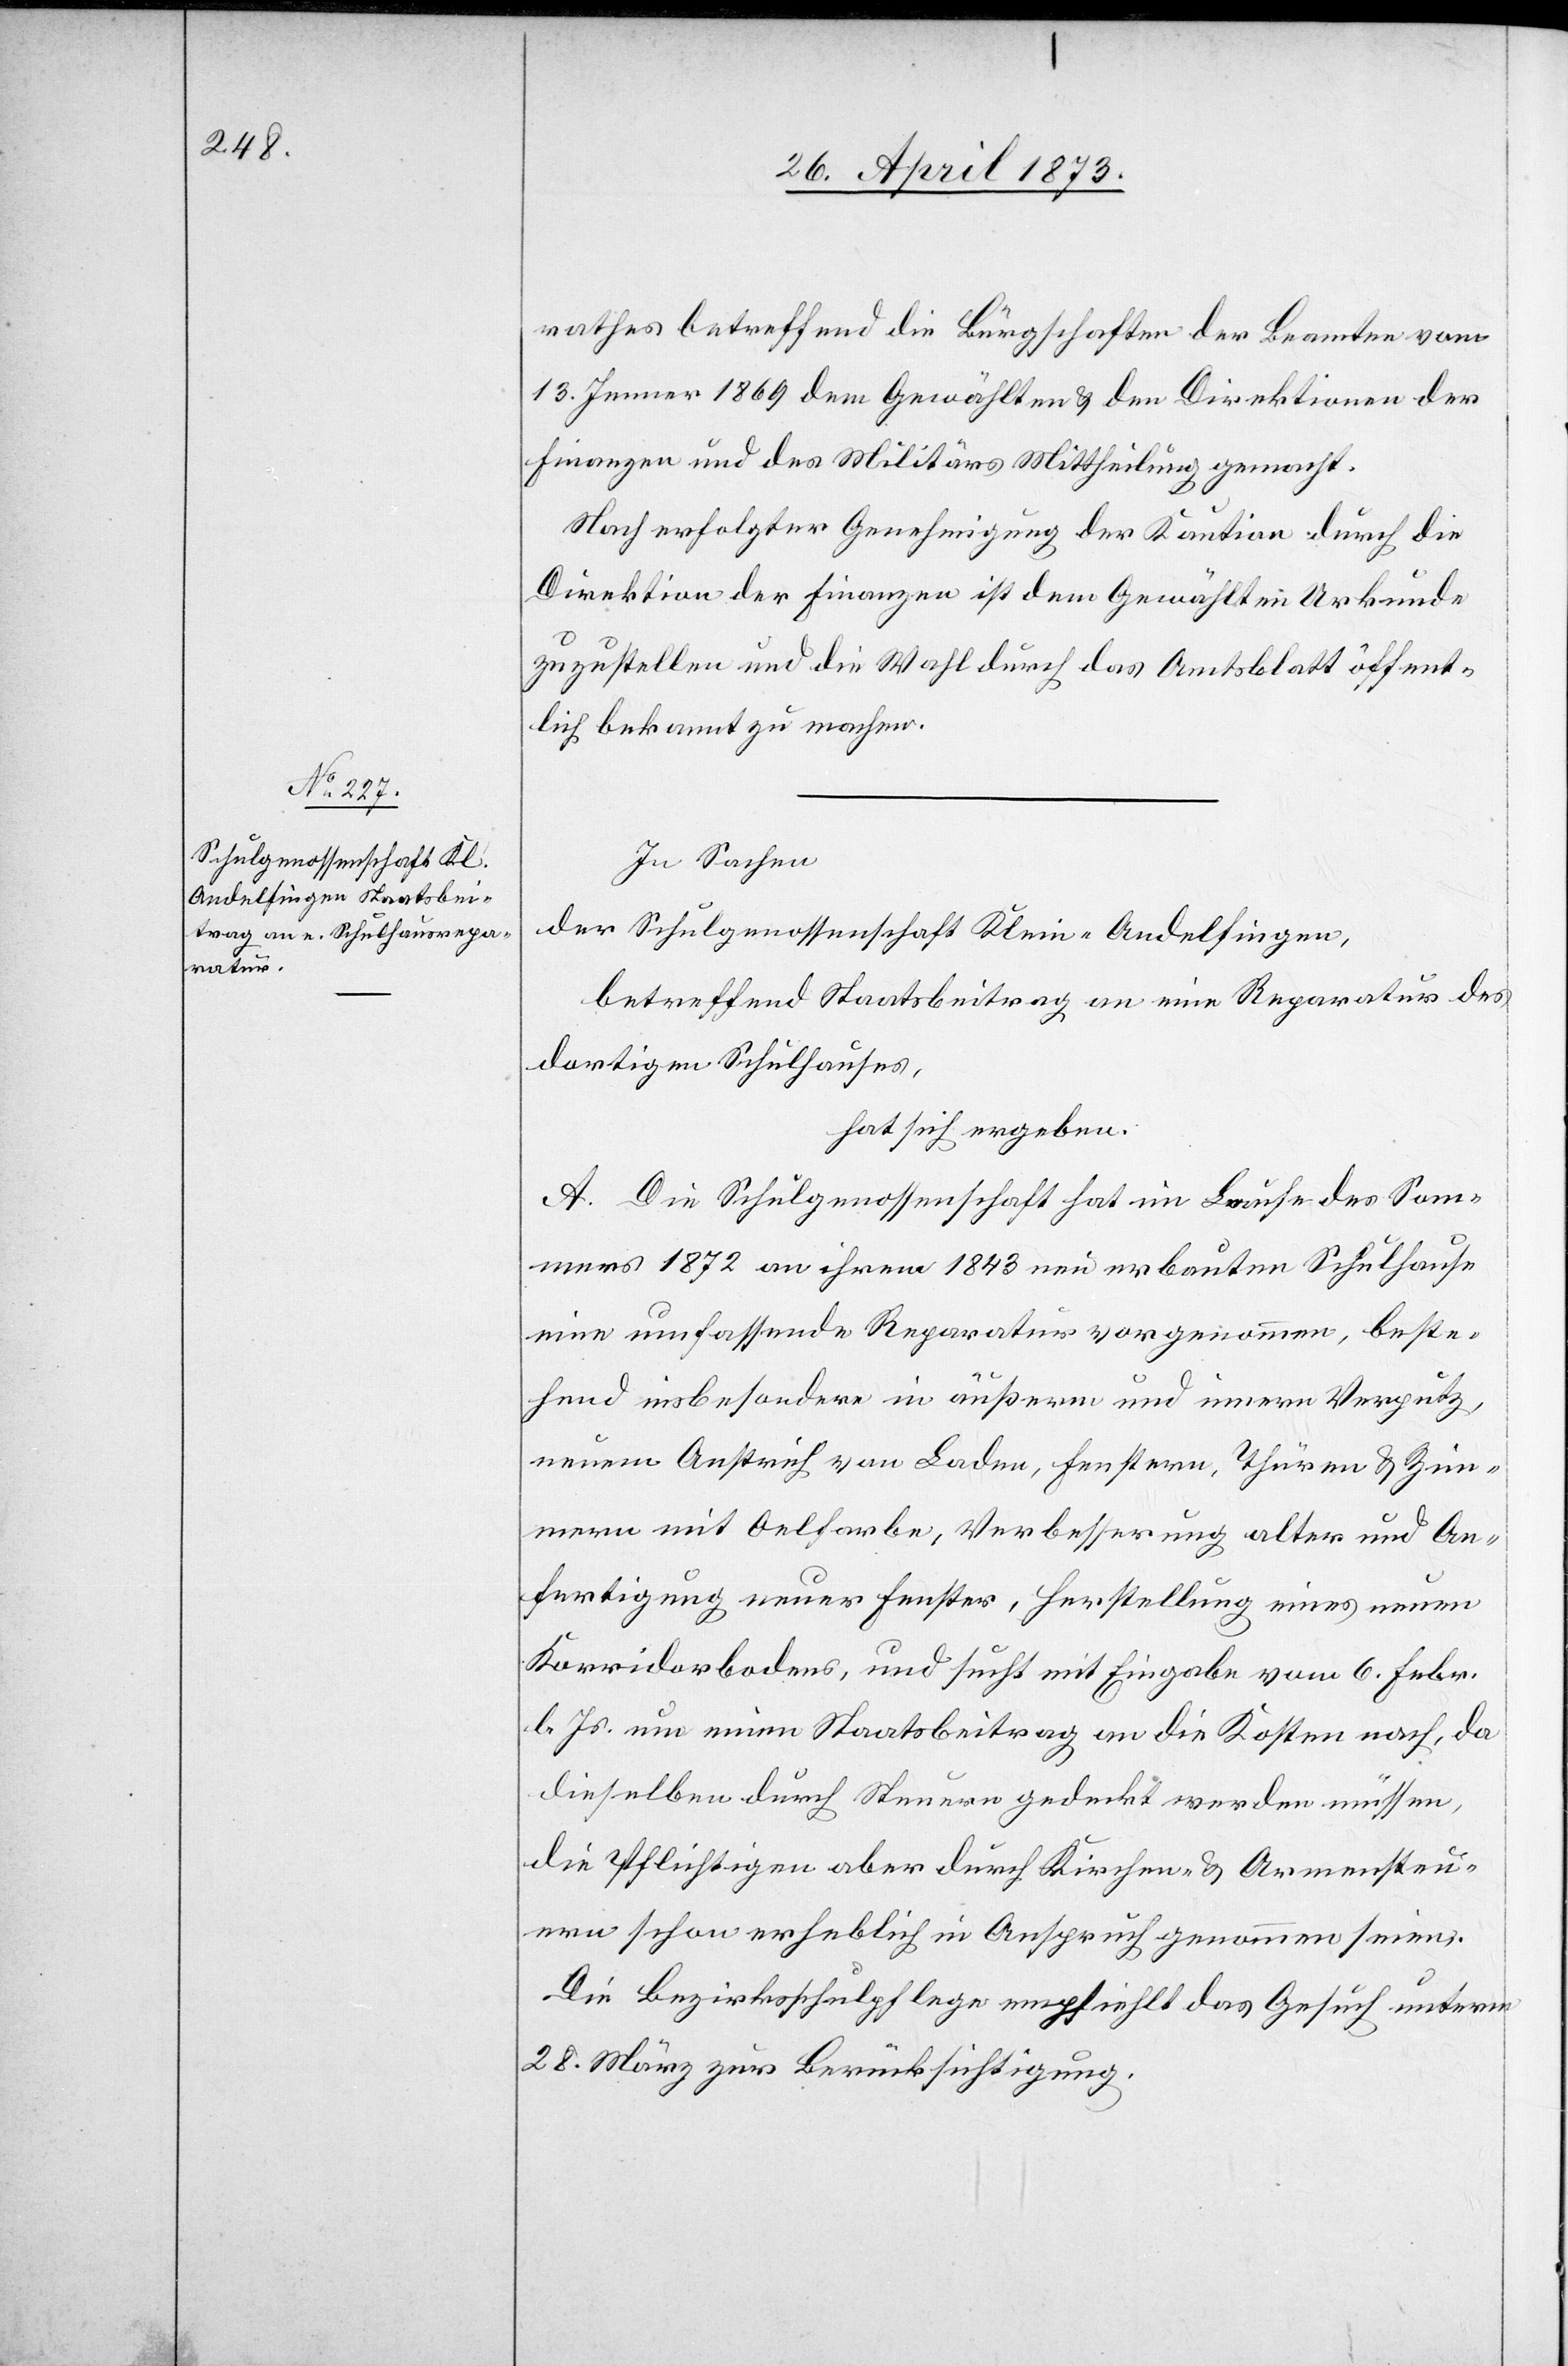
rathes betreffend die Bürgschaften der Beamten vom
13. Jenner 1869 dem Gewählten & der Direktion der
Finanzen und des Militärs Mittheilung gemacht.
Nach erfolgter Genehmigung der Kaution durch die
Direktion der Finanzen ist dem Gewählten Urkunde
zuzustellen und die Wahl durch das Amtsblatt öffent¬
lich bekannt zu machen.
In Sachen
der Schulgenossenschaft Klein-Andelfingen,
betreffend Staatsbeitrag an eine Reparatur des
dortigen Schulhauses,
hat sich ergeben:
A. Die Schulgenossenschaft hat im Laufe des Som¬
mers 1872 an ihrem 1843 neu erbauten Schulhause
eine umfassende Reparatur vorgenommen, beste¬
hend insbesondere in äußerm und innern Verputz,
neuem Anstrich von Laden, Fenstern, Thüren & Zim¬
mern mit Oelfarbe, Verbesserung alter und An¬
fertigung neuer Fenster, Herstellung eines neuen
Korridorbodens, und sucht mit Eingabe vom 6. Febr.
l. Js. um einen Staatsbeitrag an die Kosten nach, da
dieselben durch Steuern gedeckt werden müssen,
die Pflichtigen aber durch Kirchen- & Armensteu¬
ern schon erheblich in Anspruch genommen seien.
Die Bezirksschulpflege empfiehlt das Gesuch unterm
28. März zur Berücksichtigung